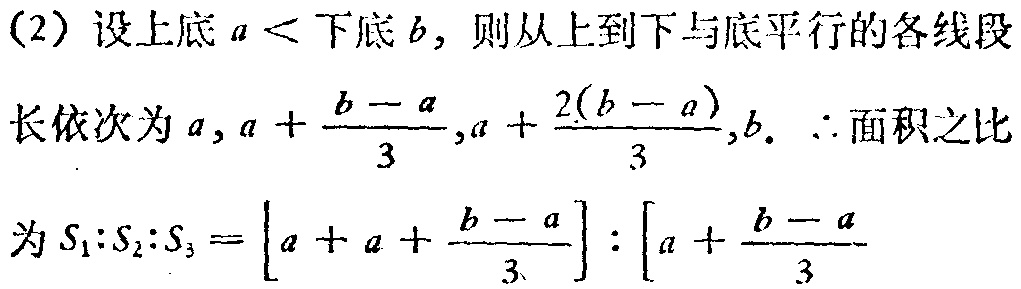
(2) 设上底 \(a <\) 下底 \(b\)，则从上到下与底平行的各线段
长依次为 \(a,a + \frac{b - a}{3},a + \frac{2(b - a)}{3},b\). \(\therefore\) 面积之比
为 \(S_{1}:S_{2}:S_{3}=\left[a + a + \frac{b - a}{3}\right]:\left[a + \frac{b - a}{3}\right.\)